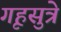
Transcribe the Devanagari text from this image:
गृहसुत्रे